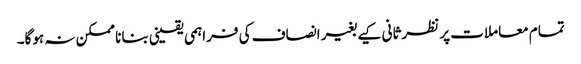
تمام معاملات پر نظرثانی کیے بغیر انصاف کی فراہمی یقینی بنانا ممکن نہ ہوگا۔